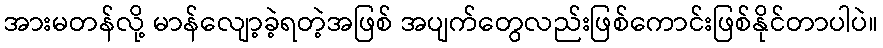
အားမတန်လို့ မာန်လျော့ခဲ့ရတဲ့အဖြစ် အပျက်တွေလည်းဖြစ်ကောင်းဖြစ်နိုင်တာပါပဲ။